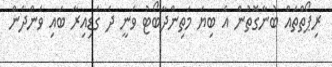
ރިޕޯތްތައް ބުނާގޮތުން އެ ބިޔަ މަތިންދާބޯޓު ވަނީ ދެ ގަޑިއިރާ ބައި ވަންދެން